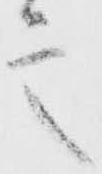
言